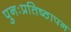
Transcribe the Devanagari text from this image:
पुनःप्रतिष्ठापन